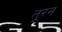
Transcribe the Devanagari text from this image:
तूरन